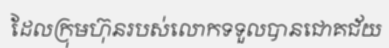
ដែលក្រុមហ៊ុនរបស់លោកទទួលបានជោគជ័យ